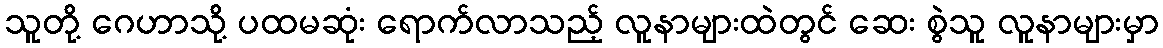
သူတို့ ဂေဟာသို့ ပထမဆုံး ရောက်လာသည့် လူနာများထဲတွင် ဆေး စွဲသူ လူနာများမှာ